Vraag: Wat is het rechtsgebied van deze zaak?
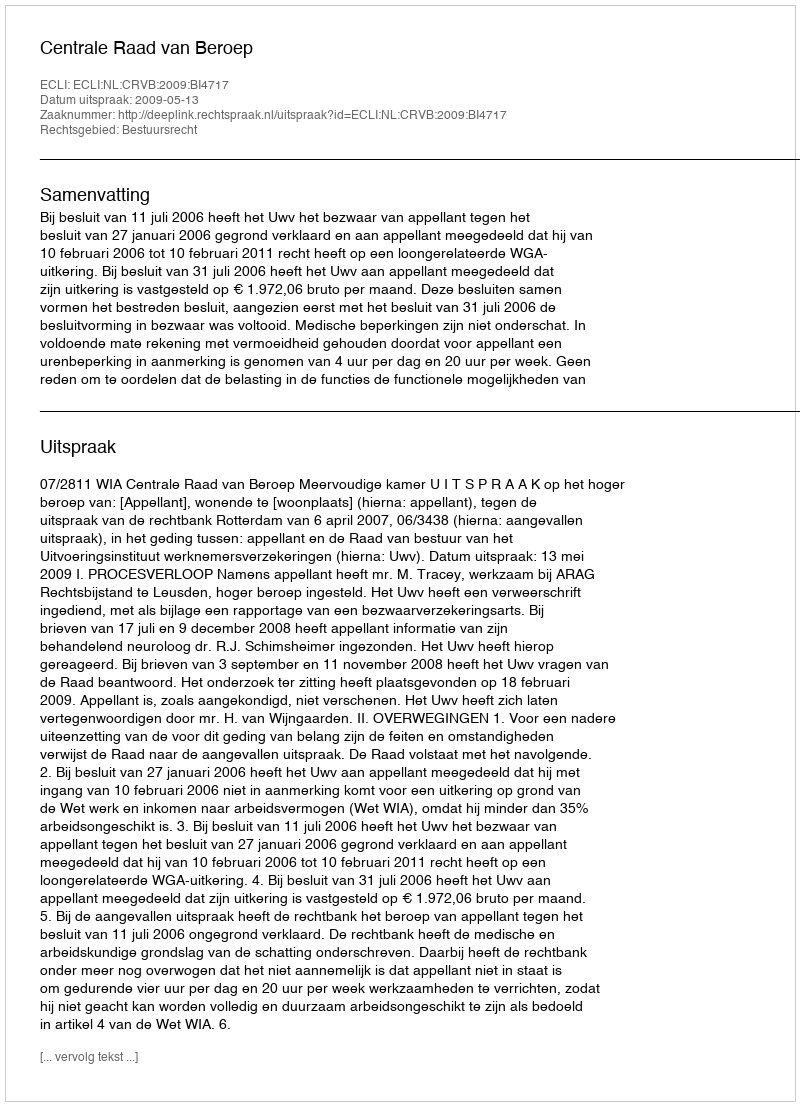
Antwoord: Bestuursrecht